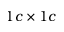
1 c \times 1 c